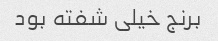
برنج خیلی شفته بود